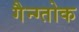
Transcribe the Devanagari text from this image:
गैन्ग्तोक